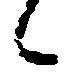
々